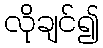
လိုချင်၍